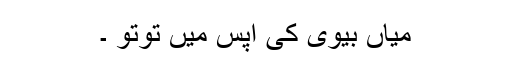
میاں بیوی کی آپس میں تُوتُو ۔